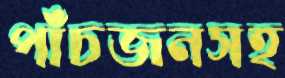
পাঁচজনসহ